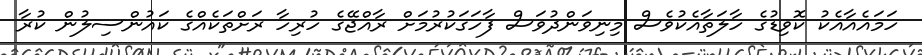
ހަމައެއާއެކު ކޮވިޑުގެ ހާލަތާއެކުވެސް މިނިވަންދުވަސް ފާހަގަކުރުމަށް ރާއްޖޭގެ ހުރިހާ ރަށްތަކެއްގެ ކައުންސިލުން ކުރާ